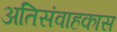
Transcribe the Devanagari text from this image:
अतिसंवाहकास